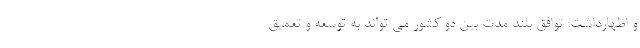
و اظهارداشت: توافق بلند مدت بین دو کشور می تواند به توسعه و تعمیق